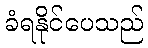
ခံရနိုင်ပေသည်